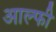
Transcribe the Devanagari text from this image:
आल्फी